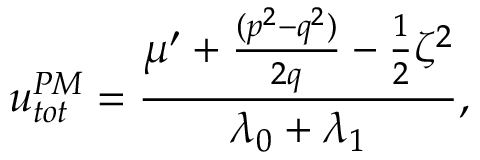
u _ { t o t } ^ { P M } = \frac { \mu ^ { \prime } + \frac { ( p ^ { 2 } - q ^ { 2 } ) } { 2 q } - \frac { 1 } { 2 } \zeta ^ { 2 } } { \lambda _ { 0 } + \lambda _ { 1 } } ,